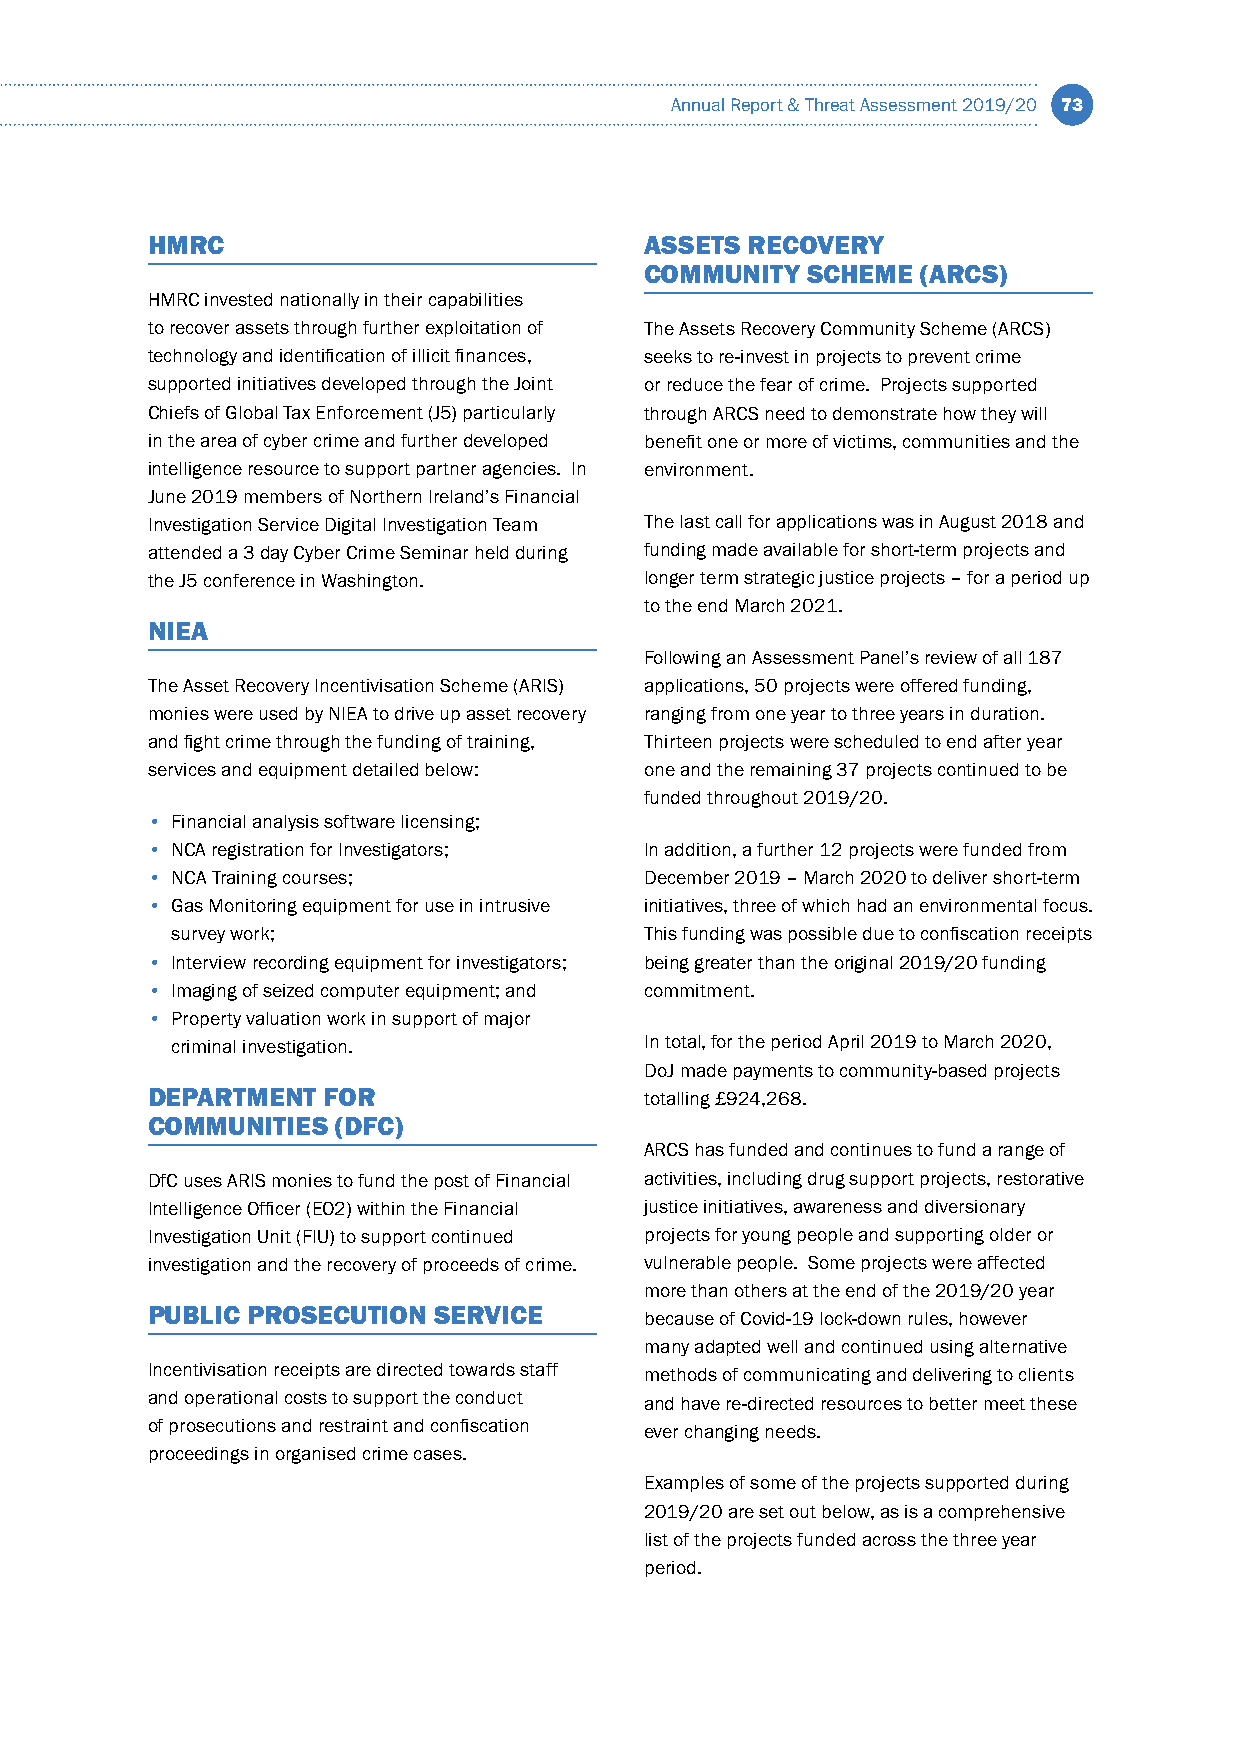
Annual Report & Threat Assessment 2019/20 73
 HMRC                             ASSETS RECOVERY
 COMMUNITY SCHEME  (ARCS)
 HMRC invested nationally in their capabilities
 to recover assets through further exploitation of The Assets Recovery Community Scheme (ARCS)
 technology and identification of illicit finances, seeks to re-invest in projects to prevent crime
 supported initiatives developed through the Joint or reduce the fear of crime. Projects supported
 Chiefs of Global Tax Enforcement (J5) particularly through ARCS need to demonstrate how they will
 in the area of cyber crime and further developed benefit one or more of victims, communities and the
 intelligence resource to support partner agencies. In environment.
 June 2019 members of Northern Ireland’s Financial
 Investigation Service Digital Investigation Team The last call for applications was in August 2018 and
 attended a 3 day Cyber Crime Seminar held during funding made available for short-term projects and
 the J5 conference in Washington. longer term strategic justice projects – for a period up
 to the end March 2021.
 NIEA
 Following an Assessment Panel’s review of all 187
 The Asset Recovery Incentivisation Scheme (ARIS) applications, 50 projects were offered funding,
 monies were used by NIEA to drive up asset recovery ranging from one year to three years in duration.
 and fight crime through the funding of training, Thirteen projects were scheduled to end after year
 services and equipment detailed below: one and the remaining 37 projects continued to be
 funded throughout 2019/20.
 • Financial analysis software licensing;
 • NCA registration for Investigators; In addition, a further 12 projects were funded from
 • NCA Training courses;          December 2019 – March 2020 to deliver short-term
 • Gas Monitoring equipment for use in intrusive initiatives, three of which had an environmental focus.
 survey work;                    This funding was possible due to confiscation receipts
 • Interview recording equipment for investigators; being greater than the original 2019/20 funding
 • Imaging of seized computer equipment; and commitment.
 • Property valuation work in support of major
 criminal investigation.         In total, for the period April 2019 to March 2020,
 DoJ made payments to community-based projects
 DEPARTMENT FOR                   totalling £924,268.
 COMMUNITIES (DFC)
 ARCS has funded and continues to fund a range of
 DfC uses ARIS monies to fund the post of Financial activities, including drug support projects, restorative
 Intelligence Officer (EO2) within the Financial justice initiatives, awareness and diversionary
 Investigation Unit (FIU) to support continued projects for young people and supporting older or
 investigation and the recovery of proceeds of crime. vulnerable people. Some projects were affected
 more than others at the end of the 2019/20 year
 PUBLIC PROSECUTION SERVICE
 because of Covid-19 lock-down rules, however
 many adapted well and continued using alternative
 Incentivisation receipts are directed towards staff methods of communicating and delivering to clients
 and operational costs to support the conduct and have re-directed resources to better meet these
 of prosecutions and restraint and confiscation ever changing needs.
 proceedings in organised crime cases.
 Examples of some of the projects supported during
 2019/20 are set out below, as is a comprehensive
 list of the projects funded across the three year
 period.